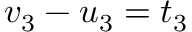
v _ { 3 } - u _ { 3 } = t _ { 3 }